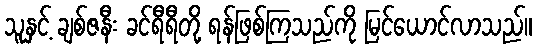
သူနှင့် ချစ်ဇနီး ခင်ရီရီတို့ ရန်ဖြစ်ကြသည်ကို မြင်ယောင်လာသည်။